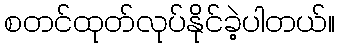
စတင်ထုတ်လုပ်နိုင်ခဲ့ပါတယ်။